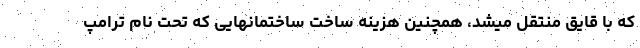
که با قایق منتقل میشد، همچنین هزینه ساخت ساختمانهایی که تحت نام ترامپ